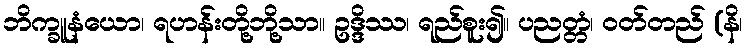
ဘိက္ခူနံယော၊ ရဟန်းတို့ဘို့သာ။ ဥဒ္ဒိဿ၊ ရည်စူး၍။ ပညတ္တံ၊ ဝတ်တည် (နိ၊